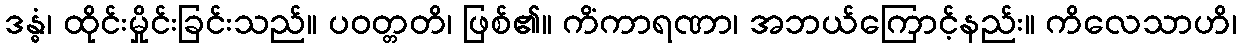
ဒန္ဓံ၊ ထိုင်းမှိုင်းခြင်းသည်။ ပဝတ္တတိ၊ ဖြစ်၏။ ကိံကာရဏာ၊ အဘယ်ကြောင့်နည်း။ ကိလေသာဟိ၊